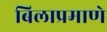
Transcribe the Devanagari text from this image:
बिलाप्रमाणे